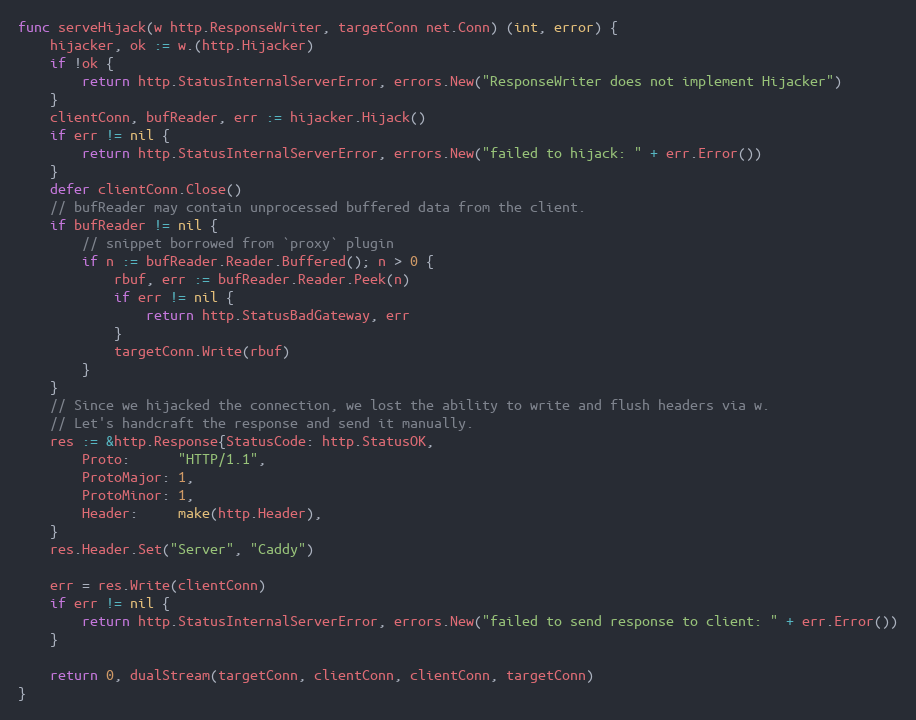
Language: Go
func serveHijack(w http.ResponseWriter, targetConn net.Conn) (int, error) {
	hijacker, ok := w.(http.Hijacker)
	if !ok {
		return http.StatusInternalServerError, errors.New("ResponseWriter does not implement Hijacker")
	}
	clientConn, bufReader, err := hijacker.Hijack()
	if err != nil {
		return http.StatusInternalServerError, errors.New("failed to hijack: " + err.Error())
	}
	defer clientConn.Close()
	// bufReader may contain unprocessed buffered data from the client.
	if bufReader != nil {
		// snippet borrowed from `proxy` plugin
		if n := bufReader.Reader.Buffered(); n > 0 {
			rbuf, err := bufReader.Reader.Peek(n)
			if err != nil {
				return http.StatusBadGateway, err
			}
			targetConn.Write(rbuf)
		}
	}
	// Since we hijacked the connection, we lost the ability to write and flush headers via w.
	// Let's handcraft the response and send it manually.
	res := &http.Response{StatusCode: http.StatusOK,
		Proto:      "HTTP/1.1",
		ProtoMajor: 1,
		ProtoMinor: 1,
		Header:     make(http.Header),
	}
	res.Header.Set("Server", "Caddy")

	err = res.Write(clientConn)
	if err != nil {
		return http.StatusInternalServerError, errors.New("failed to send response to client: " + err.Error())
	}

	return 0, dualStream(targetConn, clientConn, clientConn, targetConn)
}